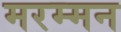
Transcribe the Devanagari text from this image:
मरम्मन